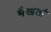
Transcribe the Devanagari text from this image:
भैखतां